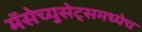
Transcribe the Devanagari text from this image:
मॅसेच्युसेट्समध्येच